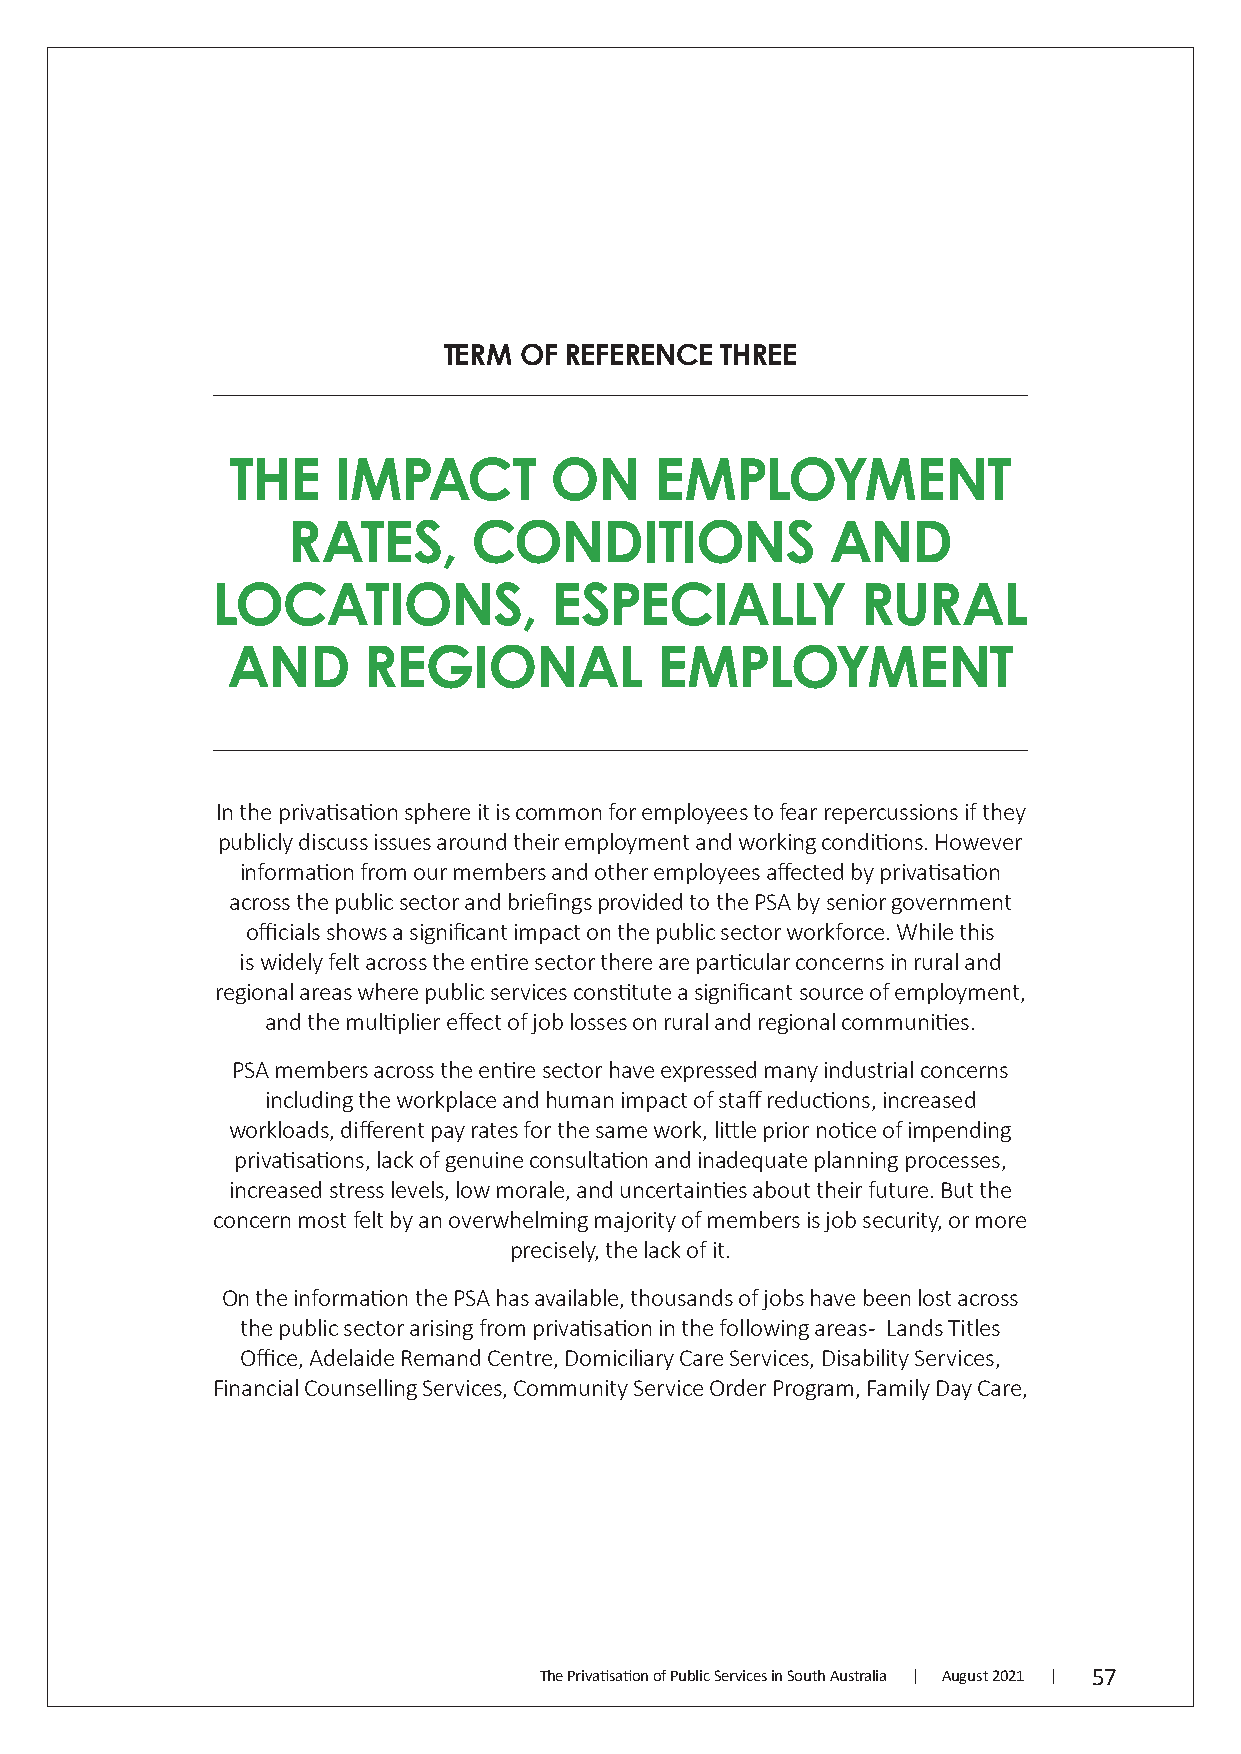
TERM OF REFERENCE  THREE
 THE    IMPACT        ON     EMPLOYMENT
 RATES,      CONDITIONS              AND
 LOCATIONS,            ESPECIALLY           RURAL
 AND      REGIONAL           EMPLOYMENT
 In the privatisation sphere it is common for employees to fear repercussions if they
 publicly discuss issues around their employment and working conditions. However
 information from our members and other employees affected by privatisation
 across the public sector and briefings provided to the PSA by senior government
 officials shows a significant impact on the public sector workforce. While this
 is widely felt across the entire sector there are particular concerns in rural and
 regional areas where public services constitute a significant source of employment,
 and the multiplier effect of job losses on rural and regional communities.
 PSA members across the entire sector have expressed many industrial concerns
 including the workplace and human impact of staff reductions, increased
 workloads, different pay rates for the same work, little prior notice of impending
 privatisations, lack of genuine consultation and inadequate planning processes,
 increased stress levels, low morale, and uncertainties about their future. But the
 concern most felt by an overwhelming majority of members is job security, or more
 precisely, the lack of it.
 On the information the PSA has available, thousands of jobs have been lost across
 the public sector arising from privatisation in the following areas - Lands Titles
 Office, Adelaide Remand Centre, Domiciliary Care Services, Disability Services,
 Financial Counselling Services, Community Service Order Program, Family Day Care,
 The Privatisation of Public Services in South Australia | August 2021 | 57